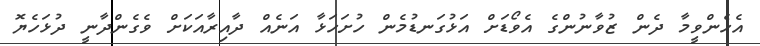
އެހެންވީމާ ދެން ޒުވާނުންގެ އެވޯޑަށް އަޅުގަނޑުމެން ހުށަހަޅާ އަނެއް ދާއިރާއަކަށް ވެގެންދާނީ ދުޅަހެޔޮ